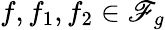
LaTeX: {f,f_{1},f_{2}\in\mathscr{F}_{g}}